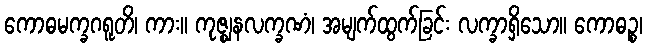
ကောဓမက္ခဂရူတိ၊ ကား။ ကုဇ္ဈနလက္ခဏံ၊ အမျက်ထွက်ခြင်း လက္ခာရှိသော။ ကောဓဉ္စ၊